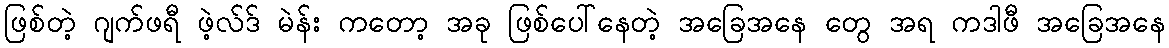
ဖြစ်တဲ့ ဂျက်ဖရီ ဖဲ့လ်ဒ် မဲန်း ကတော့ အခု ဖြစ်ပေါ်နေတဲ့ အခြေအနေ တွေ အရ ကဒါဖီ အခြေအနေ